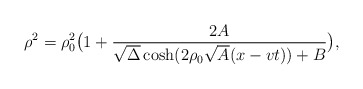
\begin{align*}\rho^2=\rho_0^2\bigl(1+{2A\over \sqrt{\Delta}\cosh(2\rho_0\sqrt{A}(x-vt))+B}\bigr),\end{align*}